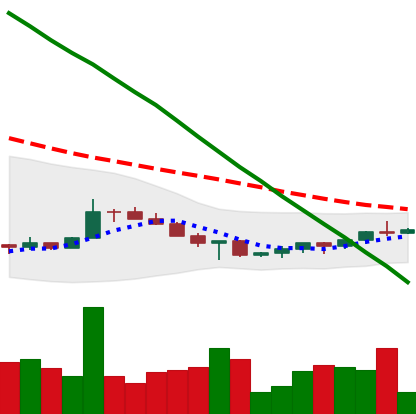
Ticker: XRP-USD
Chart end date: 2022-07-09
Forward return: -3.401%
Label: down_3_5